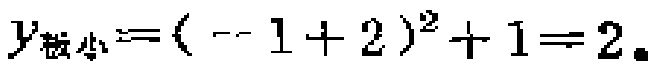
$y_{极小}=(-1 + 2)^{2}+1 = 2.$